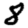
Digit: 8